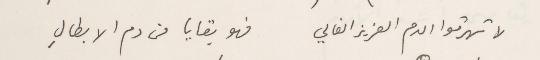
لا تهرقوا الدم العزيز الغالي        فهو بقايا من دم الابطالِ